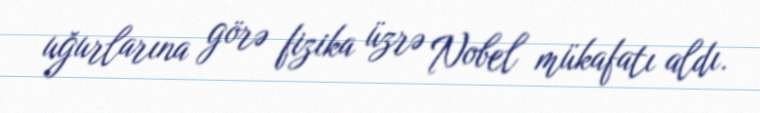
uğurlarına görə fizika üzrə Nobel mükafatı aldı.